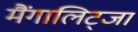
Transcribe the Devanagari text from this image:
मैंगालिट्जा